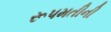
રૂપમતીની